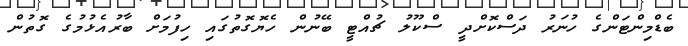
ބެޑްމިންޓަންގެ ހުނަރު ދަސްކޮށްދީ ސްކޫލު ޗުއްޓީ ބޭނުން ހެޔޮގޮތުގައި ހިފުމަށް ބާރުއެޅުމުގެ ގޮތުން